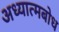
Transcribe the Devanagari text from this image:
अध्यात्मबोध